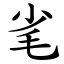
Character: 毟